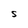
Character: S